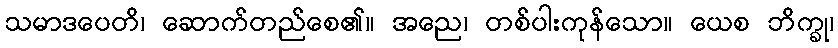
သမာဒပေတိ၊ ဆောက်တည်စေ၏။ အညေ၊ တစ်ပါးကုန်သော။ ယေစ ဘိက္ခု၊